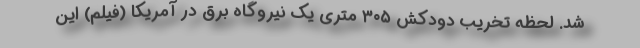
شد. لحظه تخریب دودکش ۳۰۵ متری یک نیروگاه برق در آمریکا (فیلم) این